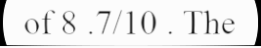
of 8 .7/10 . The